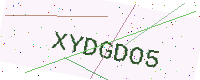
Text: XYDGDO5